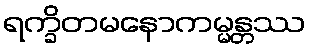
ရက္ခိတမနောကမ္မန္တဿ